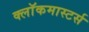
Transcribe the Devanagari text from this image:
क्लाॅकमास्टर्स